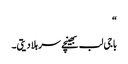
“
باجی لب بھینچے سر ہلا دیتی۔